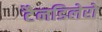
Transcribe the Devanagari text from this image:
टैनडिलेरो